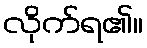
လိုက်ရ၏။